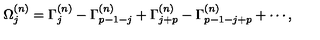
\Omega _ { j } ^ { ( n ) } = \Gamma _ { j } ^ { ( n ) } - \Gamma _ { p - 1 - j } ^ { ( n ) } + \Gamma _ { j + p } ^ { ( n ) } - \Gamma _ { p - 1 - j + p } ^ { ( n ) } + \cdots ,